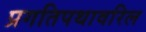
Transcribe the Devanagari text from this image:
प्रगतिपथावरिल